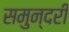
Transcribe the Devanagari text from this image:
समुन्दरी